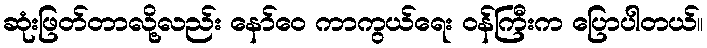
ဆုံးဖြတ်တာလို့လည်း နော်ဝေ ကာကွယ်ရေး ဝန်ကြီးက ပြောပါတယ်။